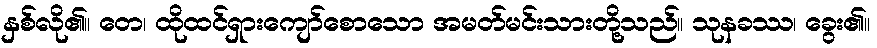
နှစ်လို၏။ တေ၊ ထိုထင်ရှားကျော်စောသော အမတ်မင်းသားတို့သည်။ သုနခဿ၊ ခွေး၏။